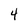
Character: 4